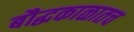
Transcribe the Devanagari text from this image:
बौद्धकाळातच